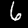
Digit: 6